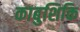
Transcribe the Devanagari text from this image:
काबुशिकि